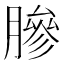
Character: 𬛓